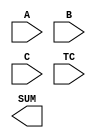
////////////////////////////////////////////////////////////////////////////////
//
//       This confidential and proprietary software may be used only
//     as authorized by a licensing agreement from Synopsys Inc.
//     In the event of publication, the following notice is applicable:
//
//                    (C) COPYRIGHT 1995 - 2016 SYNOPSYS INC.
//                           ALL RIGHTS RESERVED
//
//       The entire notice above must be reproduced on all authorized
//     copies.
//
//
// VERSION:   Simulation Architecture
//
// DesignWare_version: 9596f04a
// DesignWare_release: K-2015.06-DWBB_201506.5.2
//
////////////////////////////////////////////////////////////////////////////////
//-----------------------------------------------------------------------------------
//
// ABSTRACT:  Multiplier-Adder
//           signed or unsigned operands       
//           ie. TC = '1' => signed 
//               TC = '0' => unsigned 
//
// MODIFIED:
//      Bob Tong: 12/07/98 
//                STAR 59142
//  RPH 07/17/2002 
//      Rewrote to comply with the new guidelines
//
//  DLL 03/21/2006
//      Replaced behavioral code 'always' block with DW02_prod_sum1.h
//
//
//----------------------------------------------------------------------
module DW02_prod_sum1 (A,B,C,TC,SUM);
   
  parameter A_width = 8;
  parameter B_width = 8;
  parameter SUM_width = 16;

  input [A_width-1:0] A;
  input [B_width-1:0] B;
  input [SUM_width-1:0] C;
  input TC;
  output [SUM_width-1:0] SUM;
  
   // synopsys translate_off 
  //---------------------------------------------------------------------------
  // Parameter legality check
  //---------------------------------------------------------------------------

  
 
  initial begin : parameter_check
    integer param_err_flg;

    param_err_flg = 0;
    
      
    if (A_width < 1) begin
      param_err_flg = 1;
      $display(
	"ERROR: %m :\n  Invalid value (%d) for parameter A_width (lower bound: 1)",
	A_width );
    end
      
    if (B_width < 1) begin
      param_err_flg = 1;
      $display(
	"ERROR: %m :\n  Invalid value (%d) for parameter B_width (lower bound: 1)",
	B_width );
    end
      
    if (SUM_width < 1) begin
      param_err_flg = 1;
      $display(
	"ERROR: %m :\n  Invalid value (%d) for parameter SUM_width (lower bound: 1)",
	SUM_width );
    end
  
    if ( param_err_flg == 1) begin
      $display(
        "%m :\n  Simulation aborted due to invalid parameter value(s)");
      $finish;
    end

  end // parameter_check 
  

  integer i,j;
  reg [SUM_width-1:0] temp1,temp2;
  reg [SUM_width-1:0] prod2,prodsum;
  reg [A_width+B_width-1:0] prod1;
  reg [A_width-1:0] abs_a;
  reg [B_width-1:0] abs_b;

  always @(A or B or C or TC) 
   begin
     abs_a = (A[A_width-1])? (~A + 1'b1) : A;
     abs_b = (B[B_width-1])? (~B + 1'b1) : B;
 
     temp1 = abs_a * abs_b;
     temp2 = ~(temp1 - 1'b1);
 
     prod1 = (TC) ? (((A[A_width-1] ^ B[B_width-1]) && (|temp1))?
              temp2 : temp1) : A*B;
 
     if ((^(A ^ A) !== 1'b0) || (^(B ^ B) !== 1'b0) || (^(C ^ C) !== 1'b0) || (^(TC ^ TC) !== 1'b0) )
       prodsum = {SUM_width {1'bX}};
     else if (TC === 1'b0)
       prodsum = prod1+C;
     else 
      begin
        if (SUM_width >= A_width+B_width)
         begin
           j = A_width+B_width-1;
           for(i=(A_width+B_width-1); i>=0; i=i-1)
            begin
              prod2[i] = prod1[j];
              j = j-1;
            end
           if (SUM_width > A_width+B_width)
            begin
              if (prod1[A_width+B_width-1])
               begin
                 for(i=(SUM_width-1); i>=(A_width+B_width); i=i-1)
                  begin
                    prod2[i] = 1'b1;
                  end
               end
              else
               begin
                 for(i=(SUM_width-1); i>=(A_width+B_width); i=i-1)
                  begin
                    prod2[i] = 1'b0;
                  end
               end
            end
         end
        else
         begin
           for(i=(SUM_width-1);i>=0;i=i-1)
            begin
              prod2[i] = prod1[i];
            end
         end
        prodsum = prod2+C;
      end
   end
  assign SUM = prodsum;
  // synopsys translate_on 
endmodule